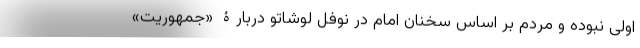
اولی نبوده و مردم بر اساس سخنان امام در نوفل لوشاتو دربارۀ «جمهوریت»